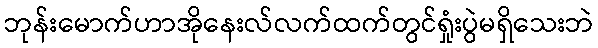
ဘုန်းမောက်ဟာအိုနေးလ်လက်ထက်တွင်ရှုံးပွဲမရှိသေးဘဲ